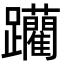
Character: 躪